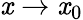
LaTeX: \mathit{x}\to\mathit{x}_{0}